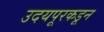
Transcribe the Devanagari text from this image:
उदयपूरकडून